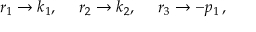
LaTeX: r _ { 1 } \to k _ { 1 } , ~ ~ ~ ~ r _ { 2 } \to k _ { 2 } , ~ ~ ~ ~ r _ { 3 } \to - p _ { 1 } \, ,